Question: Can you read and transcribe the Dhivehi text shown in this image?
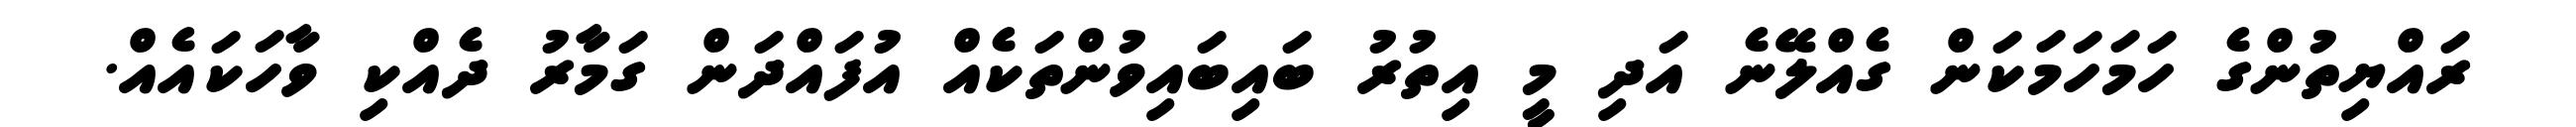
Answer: ރައްޔިތުންގެ ހަމަހަމަކަން ގެއްލޭނެ އަދި މީ އިތުރު ބައިބައިވުންތަކެއް އުފައްދަން ގަމާރު ދެއްކި ވާހަކައެއް.